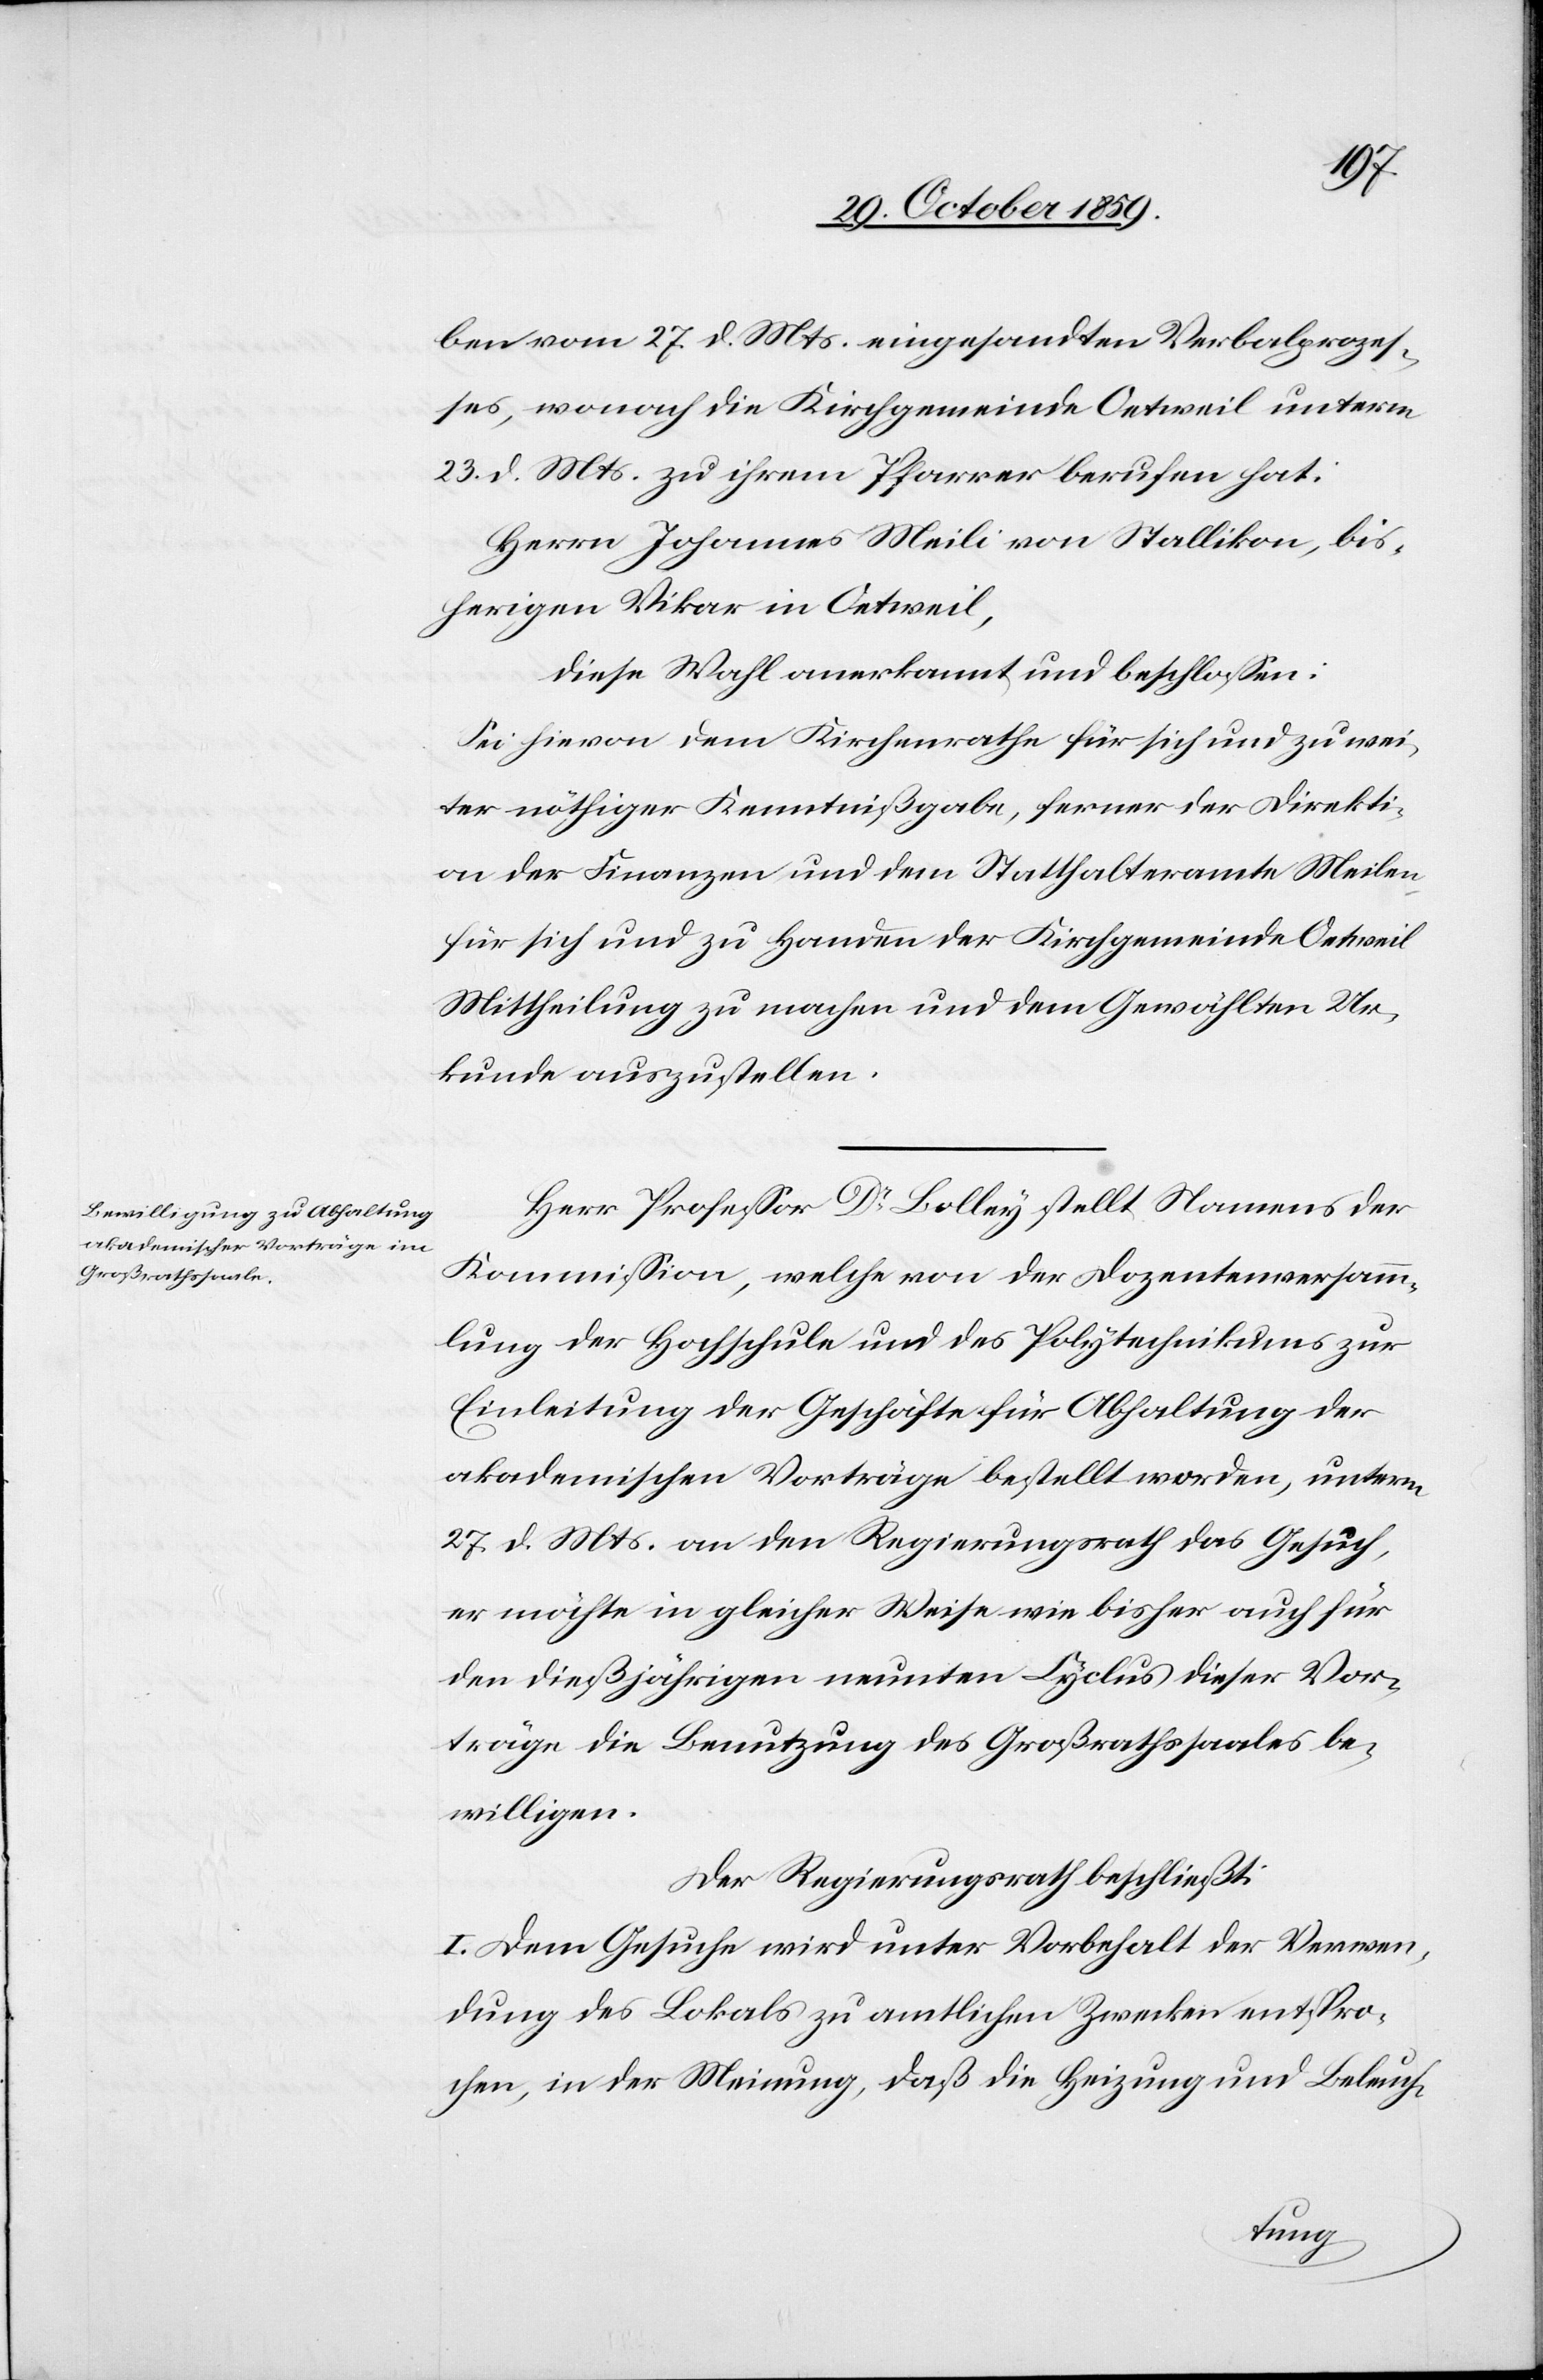
ben vom 27. d. Mts. eingesandten Verbalprozes¬
ses, wonach die Kirchgemeinde Oetweil unterm
23. d. Mts. zu ihrem Pfarrer berufen hat:
Herrn Johannes Meili von Stallikon, bis¬
herigen Vikar in Oetweil,
diese Wahl anerkannt und beschlossen:
Sei hievon dem Kirchenrath für sich und zu wei¬
ter nöthiger Kenntnißgabe, ferner der Direkti¬
on der Finanzen und dem Statthalteramte Meilen
für sich und zu Handen der Kirchgemeinde Oentweil
Mittheilung zu machen und dem Gewählten Ur¬
kunde auszustellen.
Herr Professor Dr. Bolley stellt Namens der
Kommission, welche von der Dozentenversamm¬
lung der Hochschule und des Polytechnikums zur
Einleitung der Geschäfte für Abhaltung der
akademischen Vorträge bestellt worden, unterm
27. d. Mts. an den Regierungsrath das Gesuch,
er möchte in gleicher Weise wie bisher auch für
den dießjährigen neunten Cyclus dieser Vor¬
träge die Benutzung des Großrathssaales be¬
willigen.
Der Regierungsrath beschließt:
I. Dem Gesuche wird unter Vorbehalt der Verwen¬
dung des Lokals zu amtlichem Zwecke entspro¬
chen, in der Meinung, daß die Heizung und Beleuch-